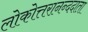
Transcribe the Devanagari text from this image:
लोकोत्तरानन्ददाता